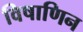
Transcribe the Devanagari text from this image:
विषाणिन